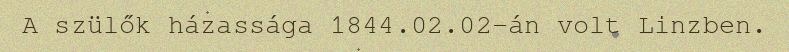
A szülők házassága 1844.02.02-án volt Linzben.